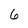
Character: 6